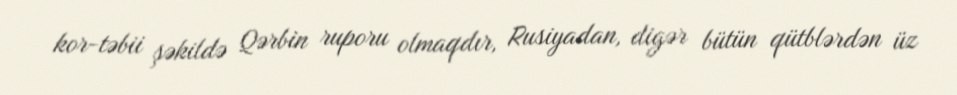
kor-təbii şəkildə Qərbin ruporu olmaqdır, Rusiyadan, digər bütün qütblərdən üz